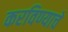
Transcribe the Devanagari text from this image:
करविण्याचे